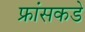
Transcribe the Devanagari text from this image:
फ्रांसकडे